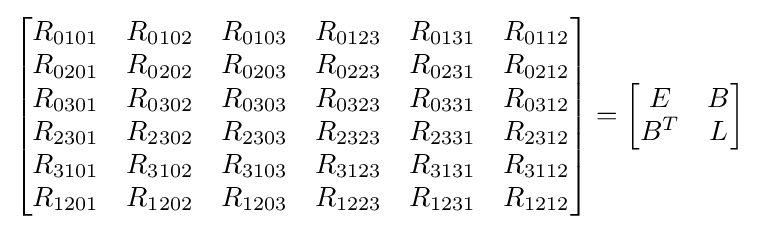
\left[{\begin{matrix}R_{0101}&R_{0102}&R_{0103}&R_{0123}&R_{0131}&R_{0112}\\R_{0201}&R_{0202}&R_{0203}&R_{0223}&R_{0231}&R_{0212}\\R_{0301}&R_{0302}&R_{0303}&R_{0323}&R_{0331}&R_{0312}\\R_{2301}&R_{2302}&R_{2303}&R_{2323}&R_{2331}&R_{2312}\\R_{3101}&R_{3102}&R_{3103}&R_{3123}&R_{3131}&R_{3112}\\R_{1201}&R_{1202}&R_{1203}&R_{1223}&R_{1231}&R_{1212}\end{matrix}}\right]=\left[{\begin{matrix}E&B\\B^{T}&L\end{matrix}}\right]